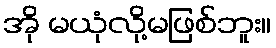
အို မယုံလို့မဖြစ်ဘူး။